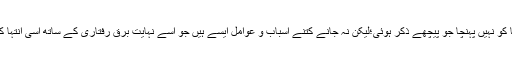
ہمارا مسلمان معاشرہ ابھی پستی کی اس انتہا کو نہیں پہنچا جو پیچھے ذکر ہوئی؛لیکن نہ جانے کتنے اسباب و عوامل ایسے ہیں جو اسے نہایت برق رفتاری کے ساتھ اسی انتہا کی طرف گھسیٹ کر لے جانا چاہ رہے ہیں ۔